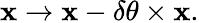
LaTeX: \mathbf{x}\rightarrow\mathbf{x}-\delta\mathbf{\theta}\times\mathbf{x}.